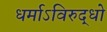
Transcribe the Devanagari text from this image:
धर्माऽविरुद्धो